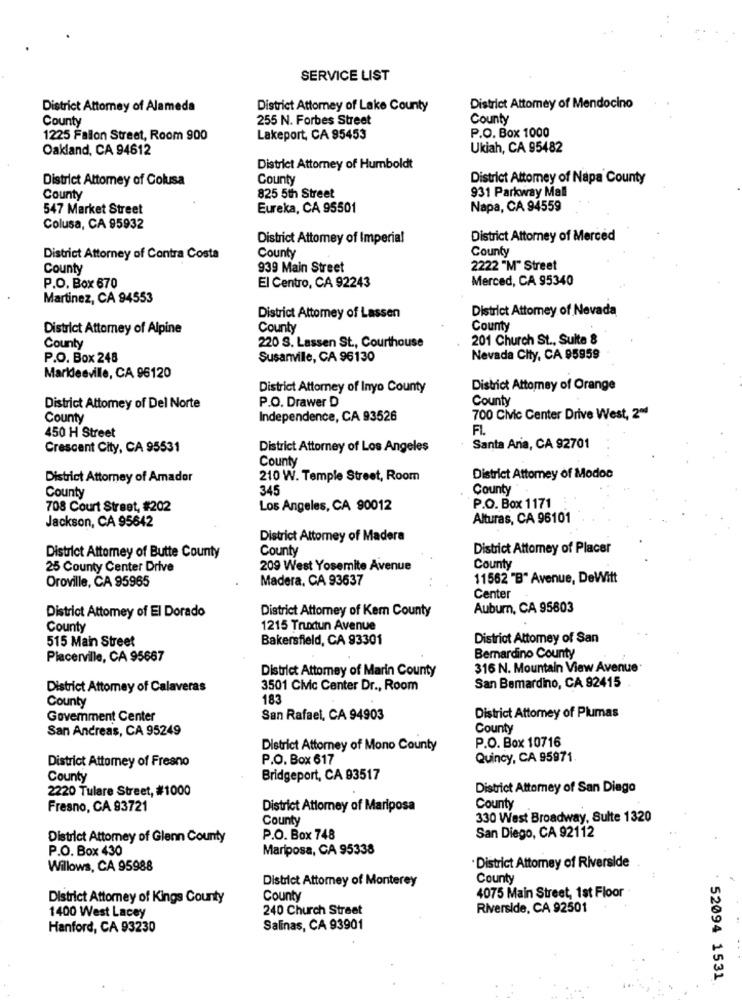
SERVICE LIST
District Attorney of Alameda
District Attorney of Lake County
District Attorney of Mendocino
County
255 N. Forbes Street
County
1225 Fallon Street, Room 900
Lakeport, CA 95453
P.O. Box 1000
Oakland, CA 94612
Ukiah, CA 95482
District Attorney of Humboldt
District Attorney of Colusa
County
District Attorney of Napa County
931 Parkway Mall
County
825 5th Street
547 Market Street
Eureka, CA 95501
Napa, CA 94559
Colusa, CA 95932
District Attomey of Imperial
District Attorney of Merced
County
District Attorney of Contra Costa
County
County
939 Main Street
2222 "M" Street
Merced, CA 95340
P.O. Box 670
El Centro, CA 92243
Martinez, CA 94553
District Attomey of Nevada
District Attorney of Lassen
District Attorney of Alpine
County
County
201 Church St ., Sulte 8
County
220 S. Lassen St ., Courthouse
P.O. Box 248
Susanville, CA 96130
Nevada City, CA 95959
Marideeville, CA 96120
District Attorney of Inyo County
District Attorney of Orange
County
District Attorney of Del Norte
P.O. Drawer D
County
Independence, CA 93526
700 Civic Center Drive West, 204
FL.
450 H Street
Crescent City, CA 95531
District Attorney of Los Angeles
Santa Ana, CA 92701
County
District Attorney of Amador
210 W. Temple Street, Room
District Attorney of Modos
345
County
County
708 Court Street, #202
Los Angeles, CA 90012
P.O. Box 1171
Jackson, CA 95642
Alturas, CA 96101
District Attomey of Madera
County
District Attorney of Placer
District Attorney of Butte County
County
25 County Center Drive
209 West Yosemite Avenue
Oroville, CA 95965
Madera, CA 93637
11562 "B" Avenue, DeWitt
Center
District Attorney of Kem County
Auburn, CA 95803
District Attomey of El Dorado
County
1215 Truxtun Avenue
515 Main Street
Bakersfield, CA 93301
District Attorney of San
Placerville, CA 95687
Bernardino County
District Attorney of Marin County
316 N. Mountain View Avenue
San Bemardino, CA 92415
District Attorney of Calaveras
3501 Civic Center Dr ., Room
County
183
Govemment Center
San Rafael, CA 94903
District Attorney of Plumas
San Andreas, CA 95249
County
P.O. Box 10716
District Attorney of Mono County
District Attorney of Fresno
P.O. Box 617
Quincy, CA 95971
County
Bridgeport, CA 93517
2220 Tulare Street, #1000
District Attorney of San Diego
County
Fresno, CA 93721
District Attorney of Mariposa
County
330 West Broadway, Sulte 1320
District Attorney of Glenn County
P.O. Box 748
San Diego, CA 92112
P.O. Box 430
Mariposa, CA 95338
Willows, CA 95988
District Attorney of Riverside
District Attorney of Monterey
County
4075 Main Street, 1st Floor
District Attorney of Kings County
County
240 Church Street
Riverside, CA 92501
1400 West Lacey
Hanford, CA 93230
Salinas, CA 93901
: 52094 1531